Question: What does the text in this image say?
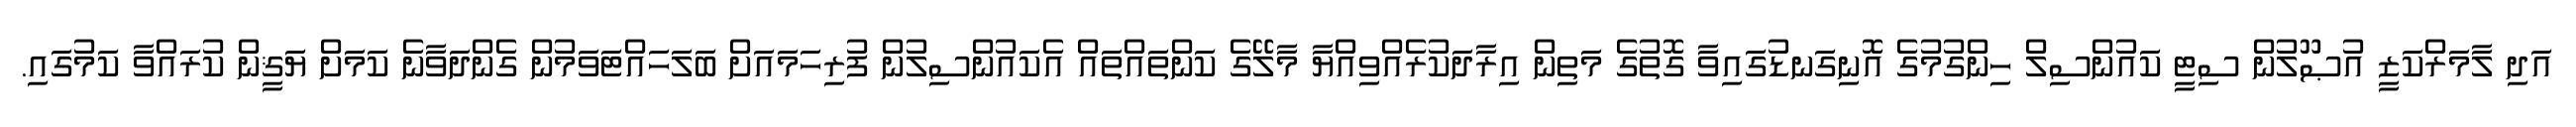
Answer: އަދި ލާމަރްކަޒީ އުޞޫލުން ސިޓީ ކައުންސިލް ހިންގުމުގެ އޮނިގަނޑުގައިވާ ގޮތުގެ މަތިން އިރާދަކުރެއްވިއްޔާ މާލޭގެ ކަންތައްތައް އެކައުންސިލުން ފުރިހަމައަށް ބަލަހައްޓަވަމުން ގެންދަވާނެ ކަމަށް ޔަޤީން ކުރައްވާ ކަމުގައި.